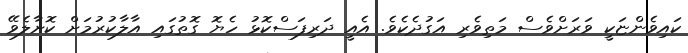
ކައިވެންޏަކީ ވަަރަށްވެސް މަތިވެރި އަގުދެކެވެ. އެއީ ދަރިފަސްކޮޅު ހެޔޮ ގޮތުގައި އާލާކުރުމަށް ކޮށާލެވޭ